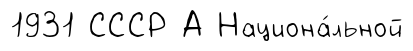
1931 СССР А Национа́льной